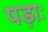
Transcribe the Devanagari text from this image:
पड़ाः